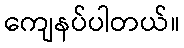
ကျေနပ်ပါတယ်။